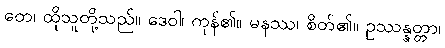
တေ၊ ထိုသူတို့သည်။ ဒေဝါ၊ ကုန်၏။ မနဿ၊ စိတ်၏။ ဥဿန္နတ္တာ၊